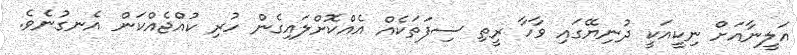
އަލީނާއަށް ނިކީއަކީ ދުނިޔޭގައި ވާހާ ރީތި ސިފަތަކެއް އެއްކޮށްލައިގެން ހުރި ކުއްޖެއްކަން އެނގުނެވެ.